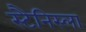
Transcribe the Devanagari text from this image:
स्टैनिस्ला